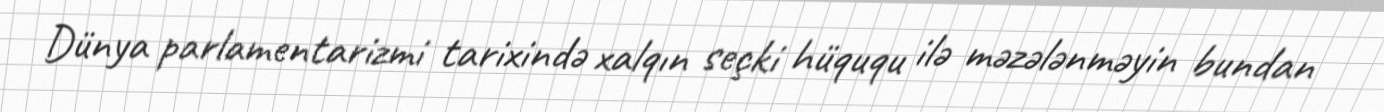
Dünya parlamentarizmi tarixində xalqın seçki hüququ ilə məzələnməyin bundan